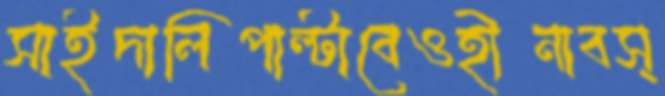
সাইদালিপাল্টাবেওহীনাবস্